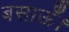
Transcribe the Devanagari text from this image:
बसाऊँ।